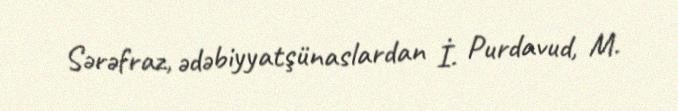
Sərəfraz, ədəbiyyatşünaslardan İ. Purdavud, M.